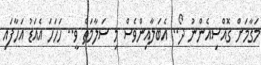
މަގާމަށް ގޮއްސިއެންނު ދޯ.. އެބަލާއިންވެސް މި ސަލާމަތް ވީ.. ހަހަހަ އެއަޑު އަހާފައި